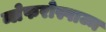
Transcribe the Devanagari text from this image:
ब्लेफरोस्पाज्म